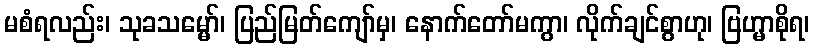
မစံရလည်း၊ သုခသမ္မော်၊ ပြည်မြတ်ကျော်မှ၊ နောက်တော်မကွာ၊ လိုက်ချင်စွာဟု၊ ဗြဟ္မာစိုရ၊